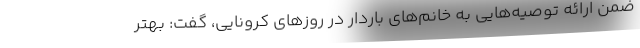
ضمن ارائه توصیه‌هایی به خانم‌های باردار در روزهای کرونایی، گفت: بهتر